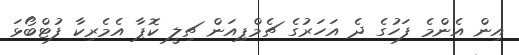
އިން އެންމެ ފަހުގެ ދެ އަހަރުގެ ޗެމްޕިއަން ޗިލީ ކޮޕާ އެމެރިކާ ފުޓްބޯޅަ